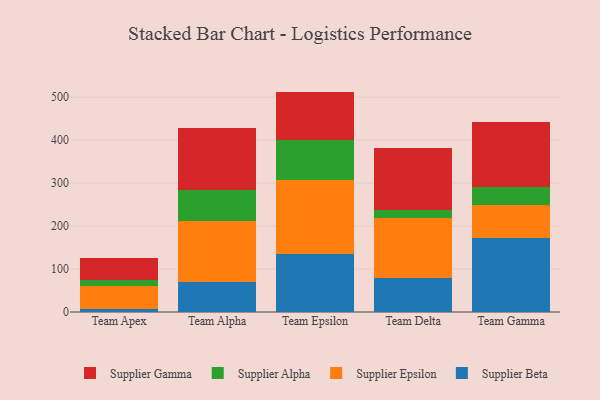
{"axis": {"x": "Team", "y": "Net Income (USD K)"}, "legend": ["Supplier Alpha", "Supplier Beta", "Supplier Epsilon", "Supplier Gamma"], "data": [{"x": "Team Apex", "y": 7.4, "type": "Supplier Beta"}, {"x": "Team Apex", "y": 54.3, "type": "Supplier Epsilon"}, {"x": "Team Apex", "y": 12.7, "type": "Supplier Alpha"}, {"x": "Team Apex", "y": 50.4, "type": "Supplier Gamma"}, {"x": "Team Alpha", "y": 69.5, "type": "Supplier Beta"}, {"x": "Team Alpha", "y": 143.2, "type": "Supplier Epsilon"}, {"x": "Team Alpha", "y": 71.8, "type": "Supplier Alpha"}, {"x": "Team Alpha", "y": 143.4, "type": "Supplier Gamma"}, {"x": "Team Epsilon", "y": 135.8, "type": "Supplier Beta"}, {"x": "Team Epsilon", "y": 171.0, "type": "Supplier Epsilon"}, {"x": "Team Epsilon", "y": 93.7, "type": "Supplier Alpha"}, {"x": "Team Epsilon", "y": 112.6, "type": "Supplier Gamma"}, {"x": "Team Delta", "y": 78.6, "type": "Supplier Beta"}, {"x": "Team Delta", "y": 139.3, "type": "Supplier Epsilon"}, {"x": "Team Delta", "y": 19.4, "type": "Supplier Alpha"}, {"x": "Team Delta", "y": 144.5, "type": "Supplier Gamma"}, {"x": "Team Gamma", "y": 171.2, "type": "Supplier Beta"}, {"x": "Team Gamma", "y": 77.8, "type": "Supplier Epsilon"}, {"x": "Team Gamma", "y": 41.5, "type": "Supplier Alpha"}, {"x": "Team Gamma", "y": 150.9, "type": "Supplier Gamma"}]}